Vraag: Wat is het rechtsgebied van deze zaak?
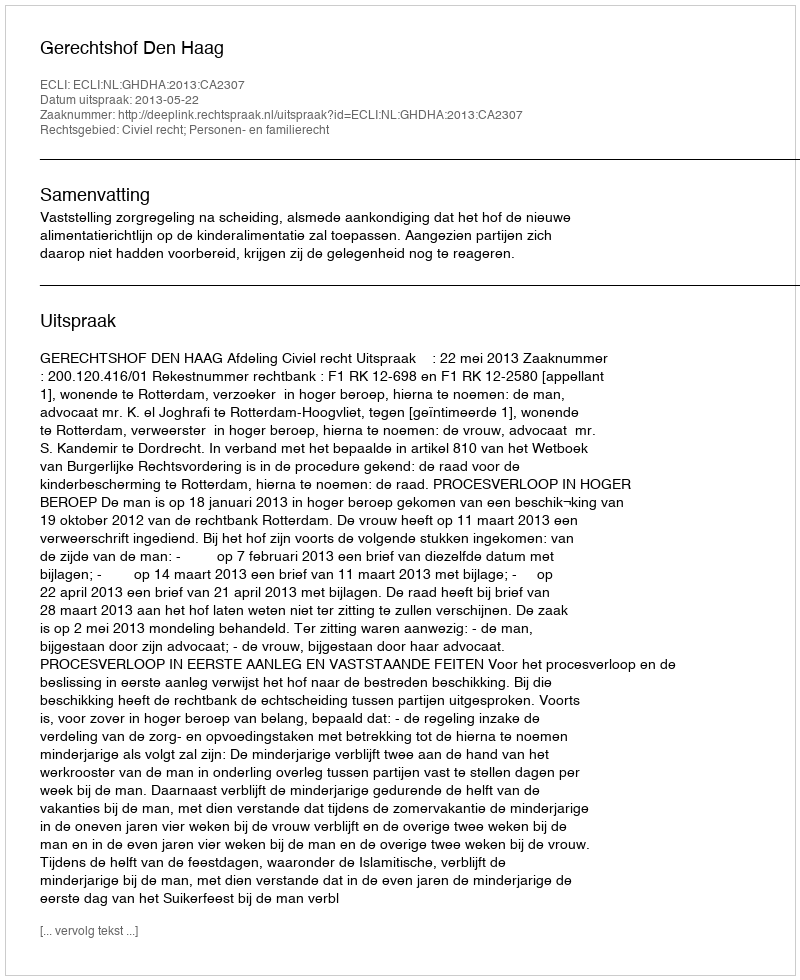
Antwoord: Civiel recht; Personen- en familierecht